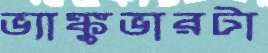
ভ্যাঙ্কুভারটা